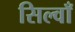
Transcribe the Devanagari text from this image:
सिल्वाँ